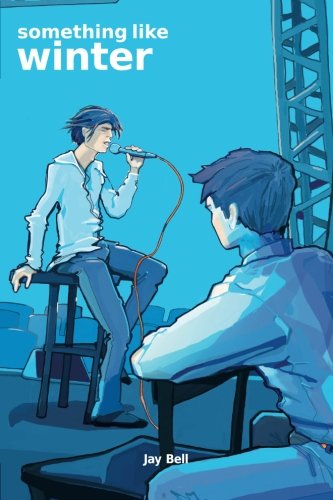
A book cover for Something Like Winter (Volume 2); Jay Bell; Literature & Fiction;